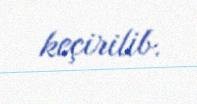
keçirilib.